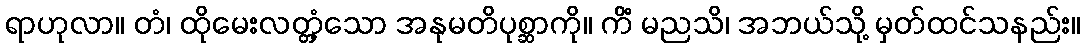
ရာဟုလာ။ တံ၊ ထိုမေးလတ္တံ့သော အနုမတိပုစ္ဆာကို။ ကိံ မညသိ၊ အဘယ်သို့ မှတ်ထင်သနည်း။